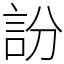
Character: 訜